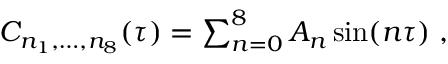
\begin{array} { r } { C _ { n _ { 1 } , \ldots , n _ { 8 } } ( \tau ) = \sum _ { n = 0 } ^ { 8 } A _ { n } \sin ( n \tau ) \; , } \end{array}